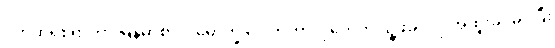
ပက်ထရစ်ရှာဟာ မြန်မာစာ ပါမောက္ခ ဒေါက်တာလှဘေကို သူ့ဖခင်လို အထူးခင်မင်ပြီး